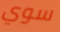
سوي